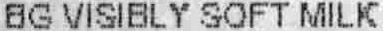
BG VISIBLY SOFT MILK